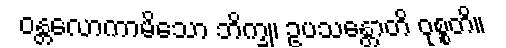
ဝန္တလောကာမိသော ဘိက္ခု၊ ဥပသန္တောတိ ဝုစ္စတိ။